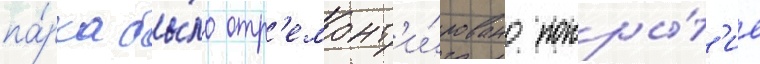
па́рка бы́ло отр'емонт'и́ровано покры́т'ие